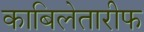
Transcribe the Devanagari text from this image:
काबिलेतारीफ